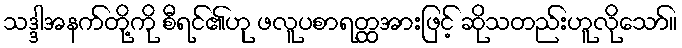
သဒ္ဒါအနက်တို့ကို စီရင်၏ဟု ဖလူပစာရတ္ထအားဖြင့် ဆိုသတည်းဟူလိုသော်။